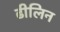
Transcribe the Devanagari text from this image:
ढीलिन